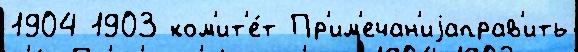
1904 1903 ком'ит'е́т Пр'им'ечан'иjаправ'ить